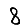
Digit: 8